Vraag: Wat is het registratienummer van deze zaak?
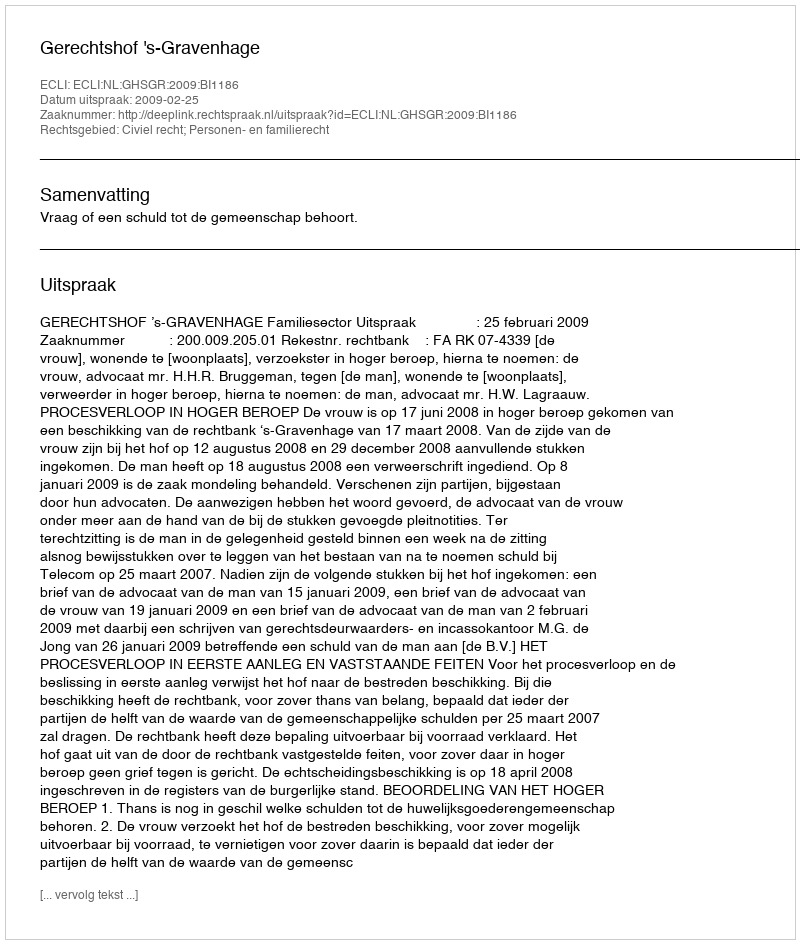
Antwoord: http://deeplink.rechtspraak.nl/uitspraak?id=ECLI:NL:GHSGR:2009:BI1186